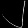
Digit: ၂